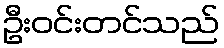
ဦးဝင်းတင်သည်